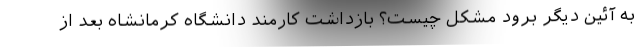
به آئین دیگر برود مشکل چیست؟ بازداشت کارمند دانشگاه کرمانشاه بعد از